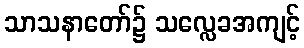
သာသနာတော်၌ သလ္လေခအကျင့်